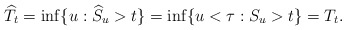
\begin{align*}\widehat{T}_t=\inf\{u: \widehat{S}_u>t\}=\inf\{u<\tau: S_u>t\}=T_t. \end{align*}